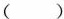
()